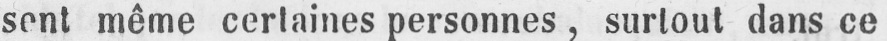
sent même certaines personnes, surtout dans ce